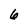
Character: 6